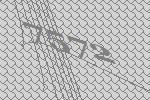
7572